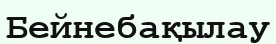
Бейнебақылау